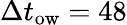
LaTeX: \Delta t_{\textrm{ow}}=48